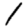
Digit: 1